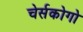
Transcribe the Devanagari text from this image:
चेर्सकोगो